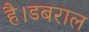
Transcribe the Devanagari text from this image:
है।डबराल